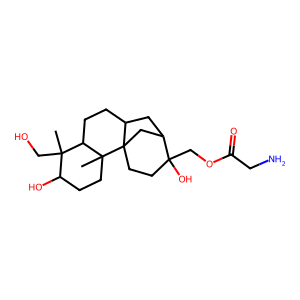
SMILES: CC1(CO)C(O)CCC2(C)C1CCC1CC3CC12CCC3(O)COC(=O)CN
Inhibits HIV replication: No